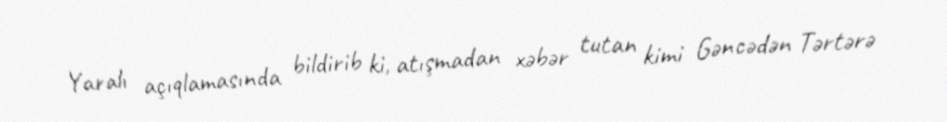
Yaralı açıqlamasında bildirib ki, atışmadan xəbər tutan kimi Gəncədən Tərtərə